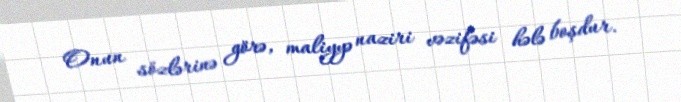
Onun sözlərinə görə, maliyyə naziri vəzifəsi hələ boşdur.